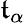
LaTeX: \mathfrak{t}_{\alpha}